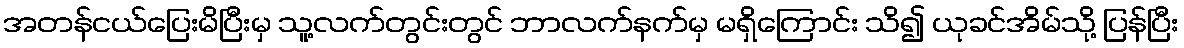
အတန်ငယ်ပြေးမိပြီးမှ သူ့လက်တွင်းတွင် ဘာလက်နက်မှ မရှိကြောင်း သိ၍ ယုခင်အိမ်သို့ ပြန်ပြီး